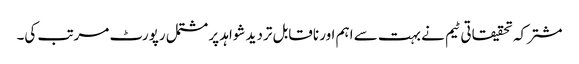
مشترکہ تحقیقاتی ٹیم نے بہت سے اہم اور ناقابل تردید شواہد پر مشتمل رپورٹ مرتب کی۔